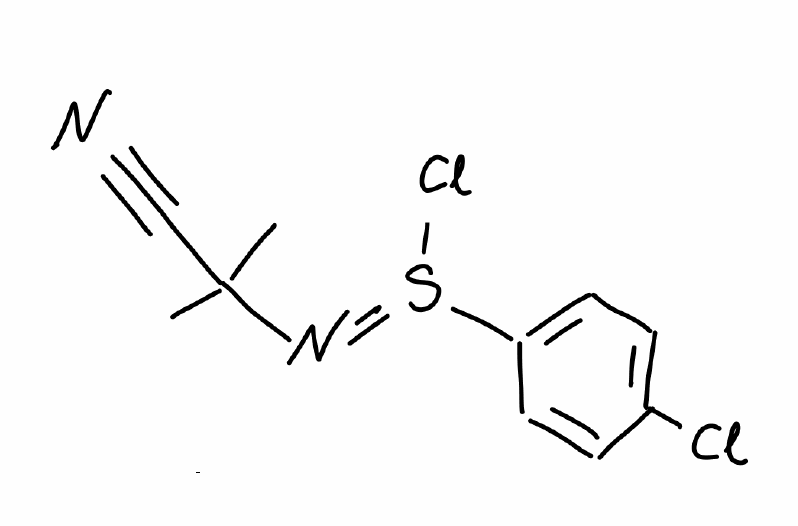
Simplified molecular-input line-entry system (SMILES) notation of the given molecule:
CC(C)(C#N)N=S(C1=CC=C(C=C1)Cl)Cl